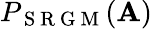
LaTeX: P_{\mathrm{~S~R~G~M~}}(\mathbf{A})